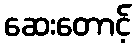
ဆေးတောင့်